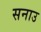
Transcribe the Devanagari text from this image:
सनाउ